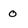
Character: 0